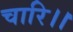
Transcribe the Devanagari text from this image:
चारि।।